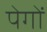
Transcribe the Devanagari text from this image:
पेगों